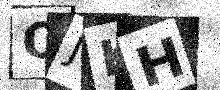
Text: OJKH